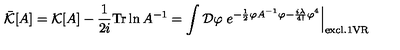
\bar { \cal K } [ A ] = { \cal K } [ A ] - \frac { 1 } { 2 i } \mathrm { T r } \ln A ^ { - 1 } = \int { \cal D } \varphi \left. e ^ { - \frac { 1 } { 2 } \varphi A ^ { - 1 } \varphi - \frac { i \lambda } { 4 ! } \varphi ^ { 4 } } \right| _ { \mathrm { e x c l . 1 V R } }